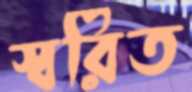
স্বরিত